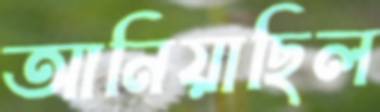
আনিয়াছিল